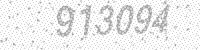
Solution: 913094